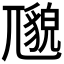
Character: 𱚯